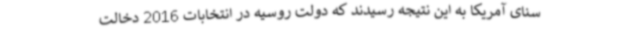
سنای آمریکا به این نتیجه رسیدند که دولت روسیه در انتخابات 2016 دخالت